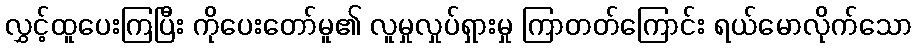
လွှင့်ထူပေးကြပြီး ကိုပေးတော်မူ၏ လူမှုလှုပ်ရှားမှု ကြာတတ်ကြောင်း ရယ်မောလိုက်သော